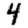
Digit: 4